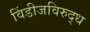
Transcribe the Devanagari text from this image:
विंडीजविरुद्ध